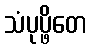
သံပုပ္ဖိတေ